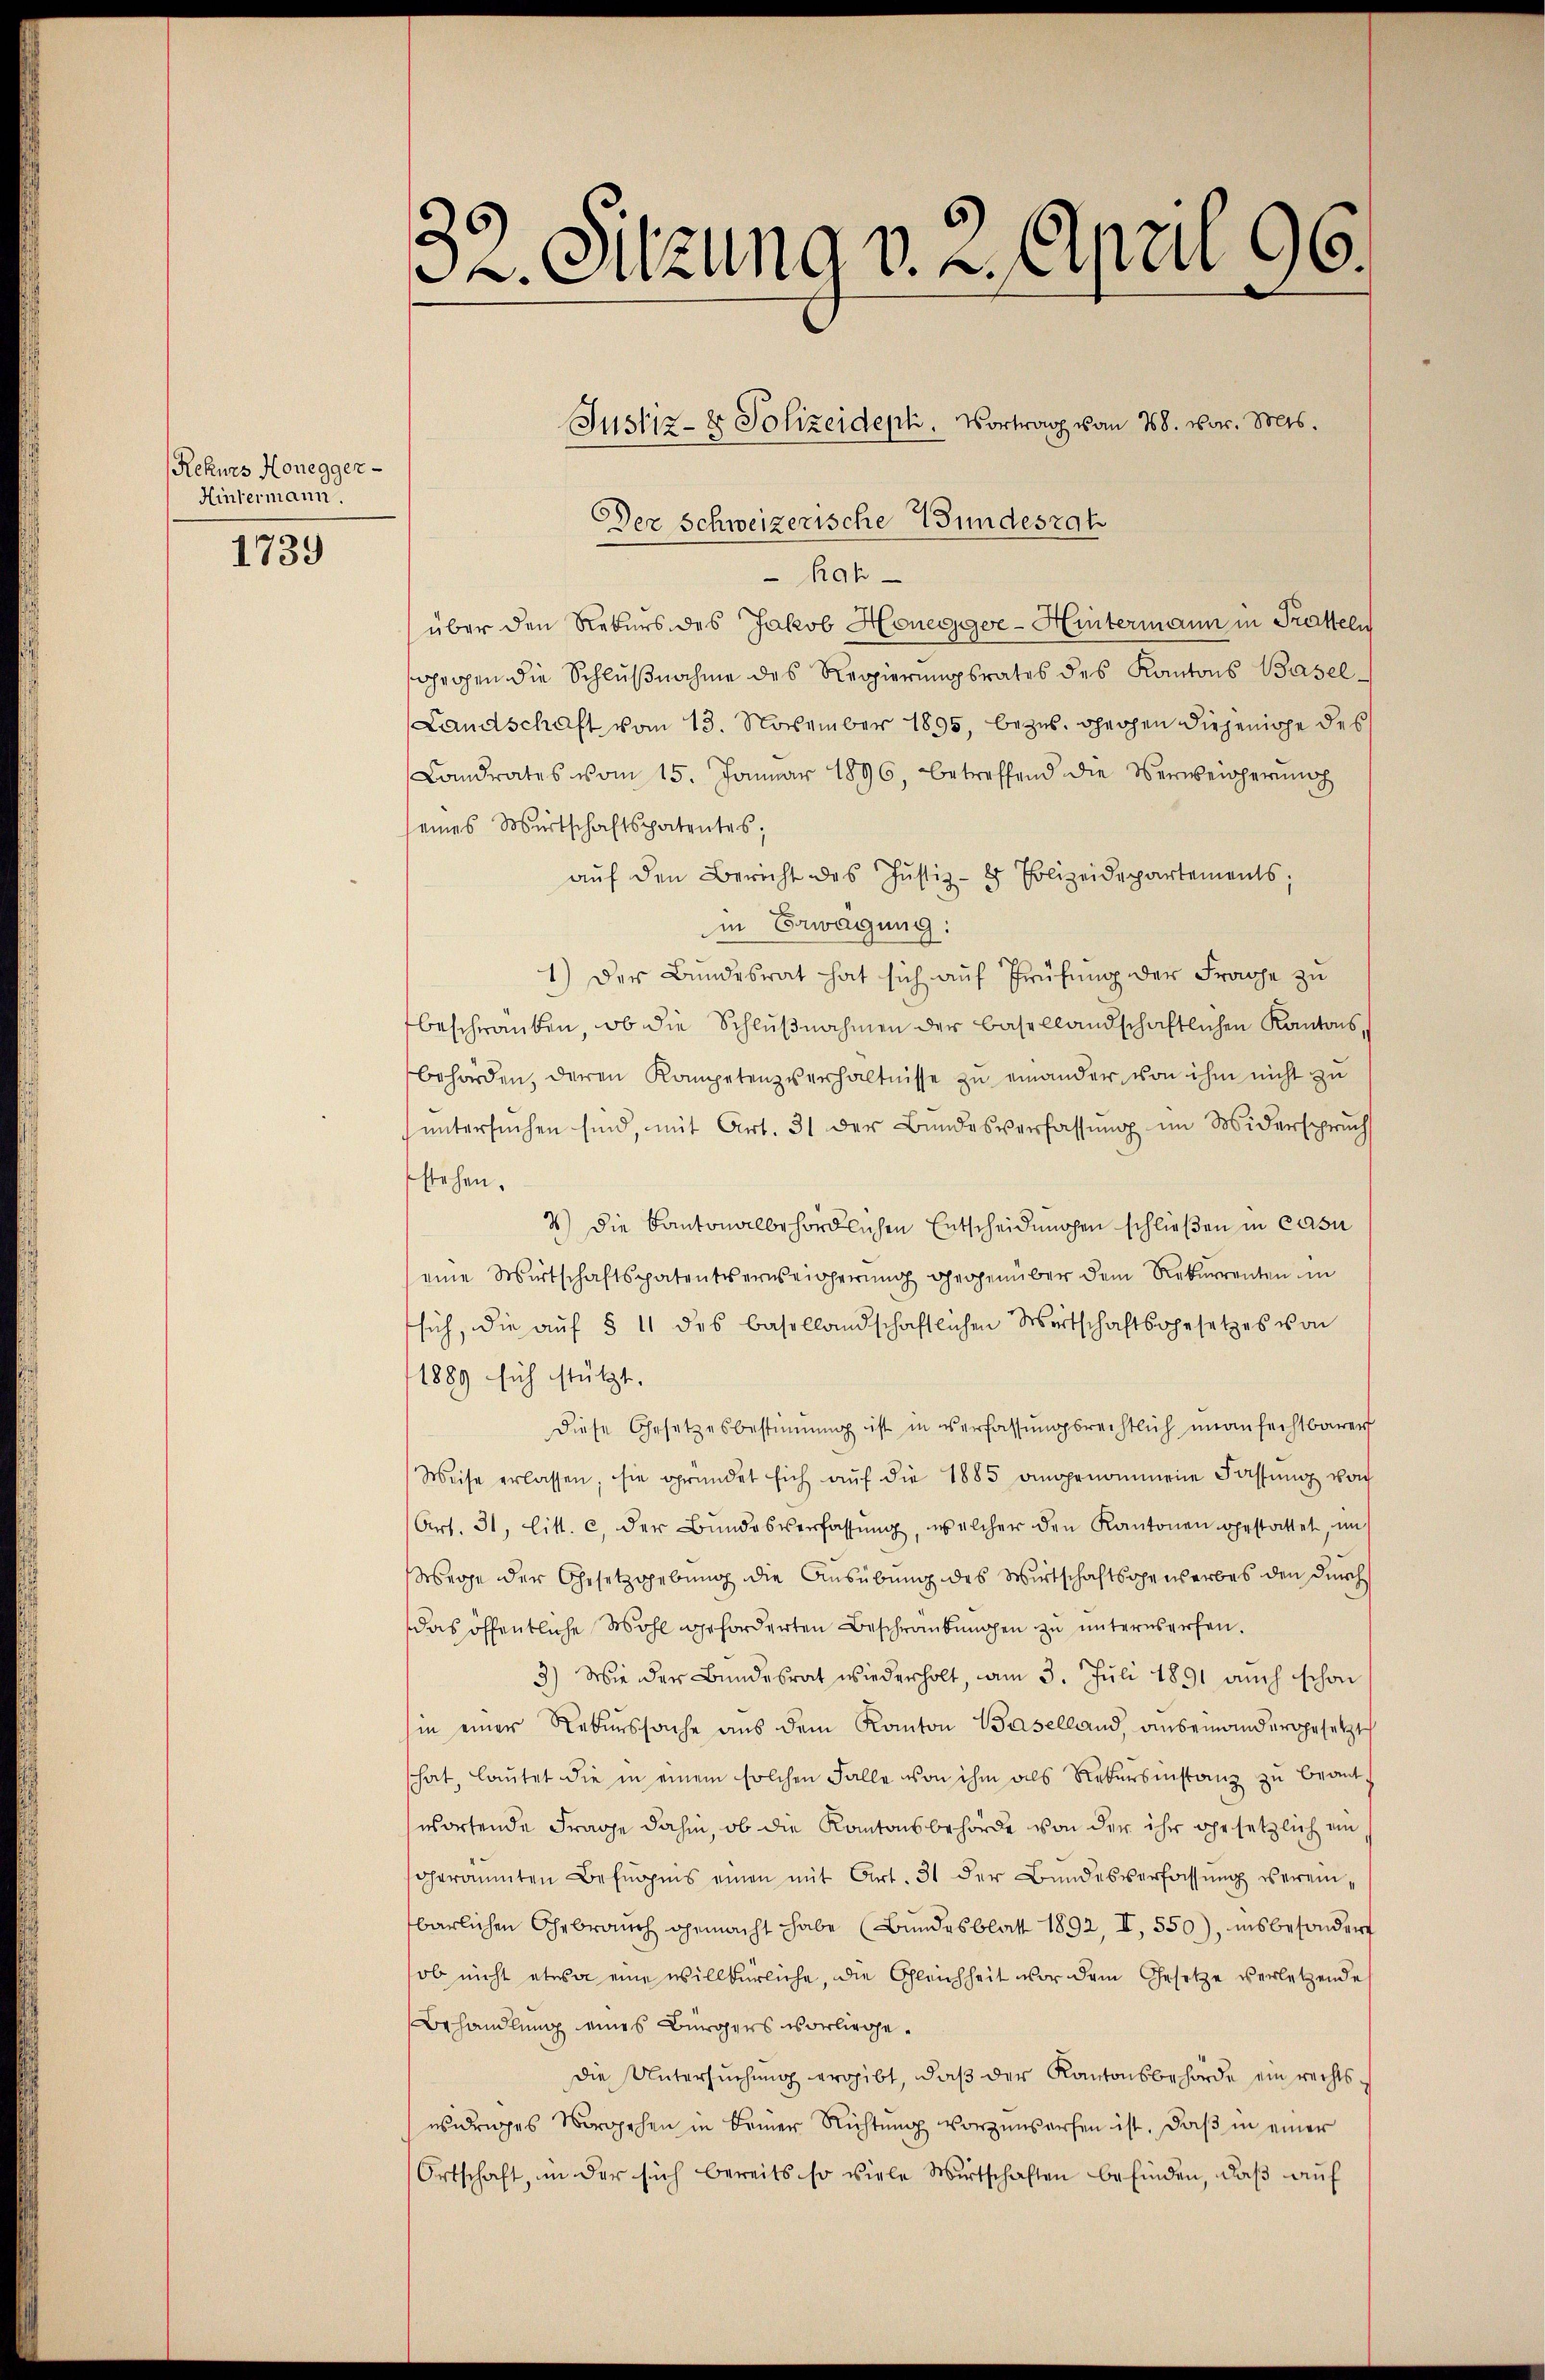
Rekurs Honegger-
Hintermann.

1739

32. Sitzung v. 2. April 96.

Der Schweizerische Wundesrat
Rah
über den Rekurs des Jakob Honegger - Hintermann in Tratteln
gegen die Schlußnahme des Regierungsrates des Kantons Basel¬
Landschaft vom 13. November 1895, bezug, ohechen diejeniche des
Landrates vom 15. Januar 1896, betreffend die Verweichernach
eines Wirtschaftspatentes;
aŭf den Bericht des Jŭstiz- & Polizeidepartements;
in Erwägung:
1) Der Bundesrat hat sich auf Prüfung der Frage zu
beschranken, ob die Schlŭβnahmen der Basellandschaftlichen Kantons,
behörden, deren Kompetenzverhältnisse zu einander von ihm nicht zu
ŭntersŭchen sind, mit Art. 31 der Bŭndesverfassŭng im Widerspruch
stehen.
7) Die kantonalbehördlichen Entscheidungen schließen in casu
eine Wirtschaftspatentserweicherung gegenüber dem Rekurrenten in
sich, die auf § 11 des basellandschaftlichen Wirtschaftsgesetzes von
1889 sich stützt.
diese Gesetzesbestiṁŭng ist in verfassŭngsrechtlich unanfechtbarer
Weise erlassen, sie gründet sich aŭf die 1885 angenommene Fassung von
Art. 31, litt. c. der Bŭndesverfassŭng, welcher den Kantonen gestattet, im
Wege der Gesetzgebung die Ausübung des Wirtschaftsopenserbes den durch
das öffentliche Wohl geforderten Beschränkungen zŭ ŭnterwerfen.
3.) Wie der Bundesrat wiederholt, am 3. Juli 1891 auch schon
in einer Rekurssache aus dem Kanton Baselland, andemandergesetzt
hat, laŭtet die in einem solchen Falle von ihm als Rekursinstanz zŭ beant
wortende Frage dahin, ob die Kantonsbehörde von der ihr gesetzlich eingeräumten Befugnis einen mit Art. 31 der Bundesverfassŭng vereinbarlichen Gebrauch gemacht habe (Bundesblatt 1892, II, 550), insbesondert
ob nicht etwa eine willkürliche, die Gleichheit vor dem Gesetze verletzende
Behandlung eines Bürgers vorliege.
die Untersuchung ergibt, daβ der Kantonsbehörde ein rechts-
widriges Vorgehen in keiner Richtung vorzuwerfen ist. Daß in einer
Ortschaft, in der sich bereits so viele Wirtschaften befinden, daβ aŭf

Justiz- & Polizeideph. Vortrag vom 28. vor. Mts.